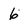
Character: 6